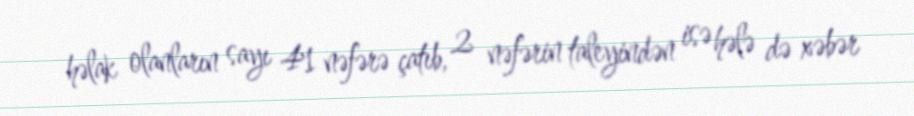
həlak olanların sayı 41 nəfərə çatıb, 2 nəfərin taleyindən isə hələ də xəbər